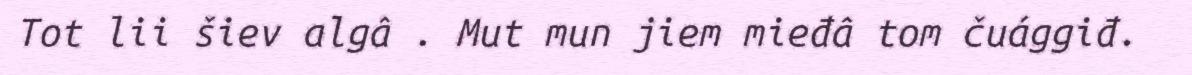
Tot lii šiev algâ . Mut mun jiem mieđâ tom čuággiđ.